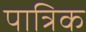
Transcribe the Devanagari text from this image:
पात्रिक